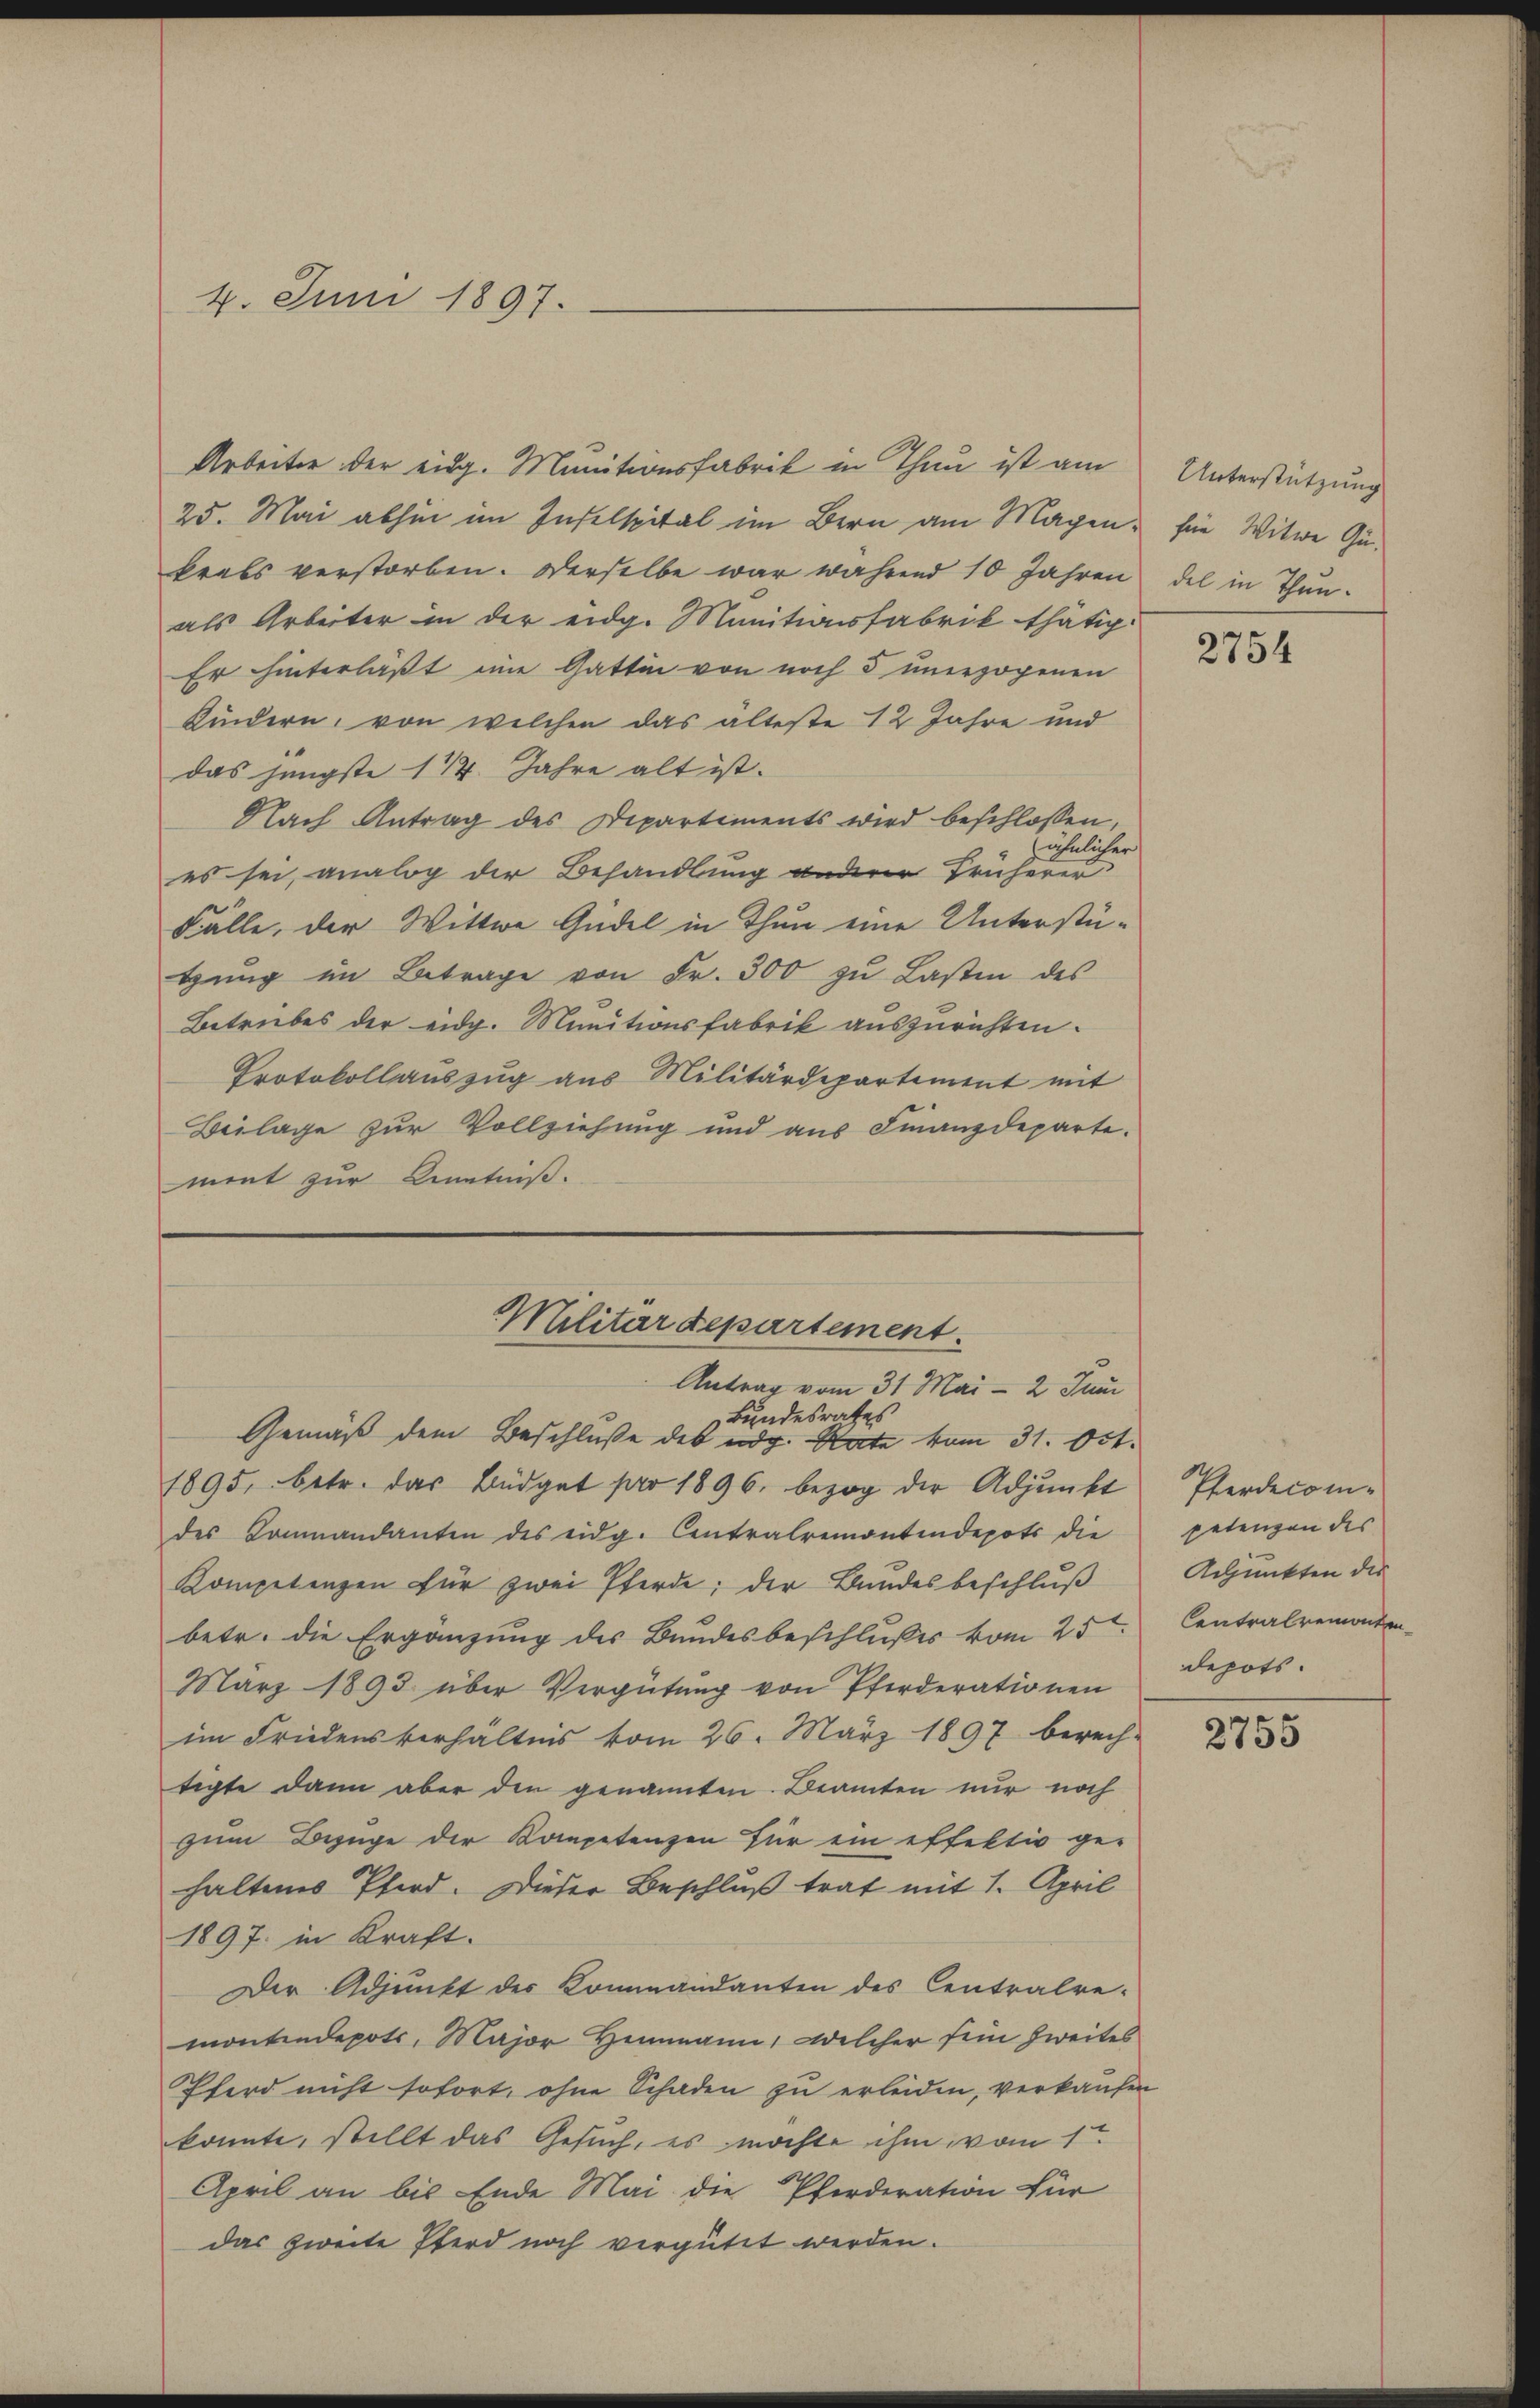
4. Juni 1897.

Arbeiter der eidg. Munitionsfabrik in Thau ist am
25. Mai abhin im Inselspital im Bern am Magen, für Witwe Gukrals verstorben. Derselbe war während 10 Jahren
als Arbeiter in der eidg. Munitionsfabrik thätig
Er hinterläßt eine Gattin von noch 5 unerzogenen
Kindern, von welchen das älteste 12 Jahre und
das jüngste 174. Jahre alt ist.
Nach Antrag des Departements wird beschlossen,
zähnlicher
es sei, analog der Behandlung anderer Früherer
Fälle, der Wittwe Gudel in Thun eine Unterstütŭng im Betrage von Fr. 300 zŭ Lasten des
Betrübes der eidg. Munitionsfabrik auszurichten.
Protokollauszug aus Militärdepartement mit
Beilage zur Vollziehung und aus Finanzdeparte.
ment zur Kenntniß.

Militärdepartement.
Antrag vom 31. Mai - 2 Juni
Bundesrathes.

Gemäß dem Beschluße des eidg. Rate vom 31. Oct.
1895, betr. das Büdget pro 1896. bezog der Adjunkt
des Kommandanten des eidg. Centralremontendepots die
Kompetenzen für zwei Pferde; der Bundesbeschluß
betr. die Ergänzung des Bundesbeschlußes vom 25ten
März 1893 über Vergütŭng von Pferderationen
im Friedensverhältnis vom 26. März 1897 berech-
tigte dann aber den genannten Beamten nur noch
zum Bezüge der Kompetenzen für ein effektiv ge-
haltenes Pferd. Dieser Beschluß trat mit 1. April
1897 in Kraft.
Der Adjunkt der Kommandanten des Centralre-
montendepots, Major Hemmann, welcher sein zweites
Pferd nicht sofort, ohne Schaden zu erleiden, verkaufen
konnte, stellt das Gesuch, es möchte ihm vom 1ten
April an bis Ende Mai die Pferderation für
das zweite Pferd noch vergütet werden.

Unterstützung
del in Thun.

2754

Pferdecompetenzen des
Adpunkten der
Centralremontendepots.

2755